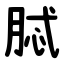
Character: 脦